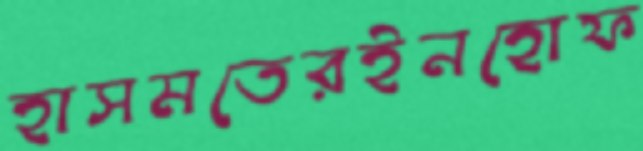
হাসমতেরইনহোফ